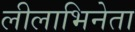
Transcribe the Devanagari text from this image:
लीलाभिनेता